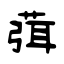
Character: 葞